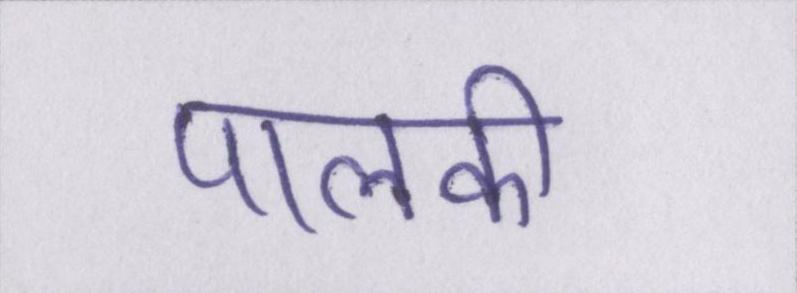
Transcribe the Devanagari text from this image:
पालकी